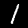
Digit: 1